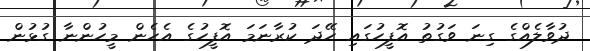
ދުވާލެއްގެ ގިނަ ވަގުތު އޮފީހުގައި ހޭދަ ކުރާނަމަ އޮފީހުގެ އެހެން މީހުންނާ ގުޅުން